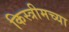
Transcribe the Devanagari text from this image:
किस्त्रीमच्या